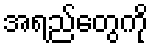
အရည်တွေကို